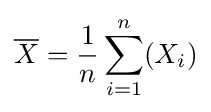
{\overline {X}}={\frac {1}{n}}\sum _{i=1}^{n}(X_{i})